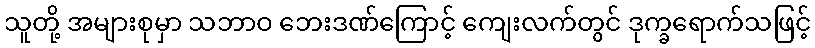
သူတို့ အများစုမှာ သဘာဝ ဘေးဒဏ်ကြောင့် ကျေးလက်တွင် ဒုက္ခရောက်သဖြင့်